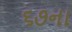
૬૭ના